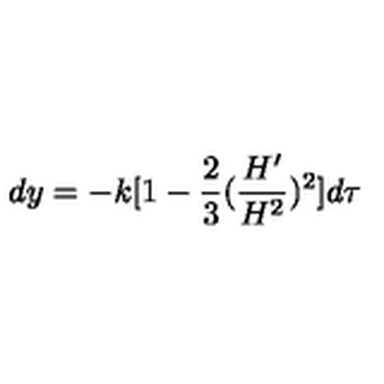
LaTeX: d y = - k [ 1 - \frac { 2 } { 3 } ( \frac { H ^ { \prime } } { H ^ { 2 } } ) ^ { 2 } ] d \tau